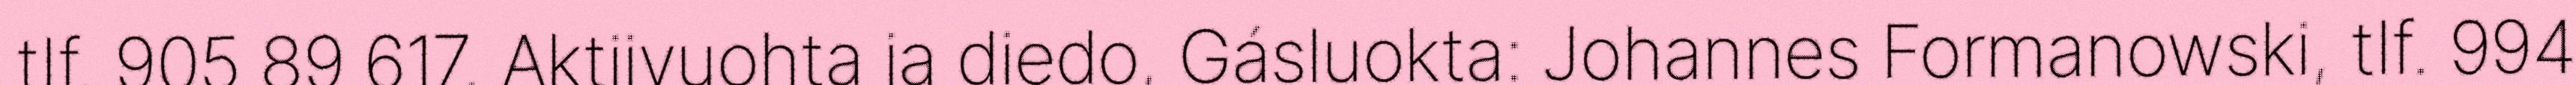
tlf. 905 89 617. Aktijvuohta ja diedo, Gásluokta: Johannes Formanowski, tlf. 994